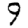
Digit: 9